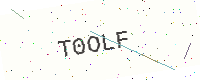
Text: T0OLF